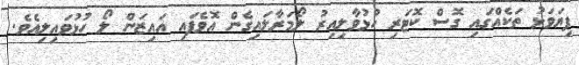
ފިޔަވަޅު ތަކެއްގައި ގޮސް ކޮޓަރި ހުޅުވާލިއިރު ލޯމަރާލައިގެން އޮވެފައި އައިޒަން ލޯ ހުޅުވައިލިއެވެ.